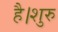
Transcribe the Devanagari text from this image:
है।शुरु